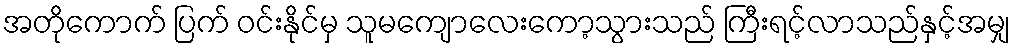
အတိုကောက် ပြက် ဝင်းနိုင်မှ သူမကျောလေးကော့သွားသည် ကြီးရင့်လာသည်နှင့်အမျှ